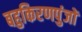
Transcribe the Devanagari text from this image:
बहुकिरणपुंजों